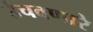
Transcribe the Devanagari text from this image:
उंचवणारे